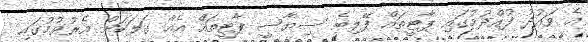
އެ ވައުދު ފުއްދުމުގައި ޕާޓީތައް ފޭލިބެ ސިޔާސީ ޕާޓީތައް އެއް ގަލަކަށް އެރުވުމުގައި